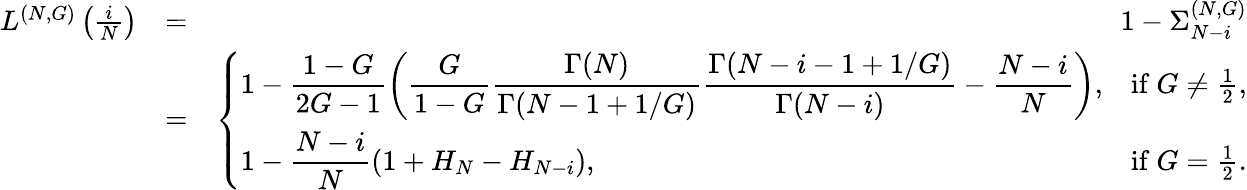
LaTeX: \begin{array}{rlr}{L^{(N,G)}\left(\frac{i}{N}\right)}&{=}&{1-\Sigma_{N-i}^{(N,G)}}\\ &{=}&{\left\{ \begin{array}{ll}{\displaystyle 1-\frac{1-G}{2G-1}\left(\frac{G}{1-G}\frac{\Gamma(N)}{\Gamma(N-1+1/G)}\frac{\Gamma(N-i-1+1/G)}{\Gamma(N-i)}-\frac{N-i}{N}\right),}&{\mathrm{if~}G\neq\frac{1}{2},}\\ {\displaystyle 1-\frac{N-i}{N}\left(1+H_{N}-H_{N-i}\right),}&{\mathrm{if~}G=\frac{1}{2}.}\end{array}\right.}\end{array}